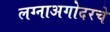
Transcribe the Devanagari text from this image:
लग्नाअगोदरचे